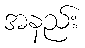
အနည်း